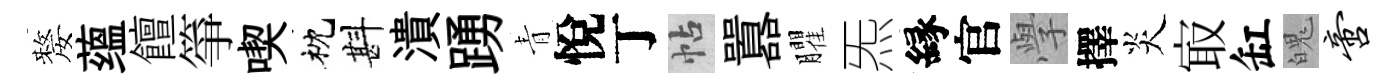
嫠蕴饘箏喫枕斟潰踴青悅丁帖囂臞炁縁官𭓕擇炎㝡缸魄啻